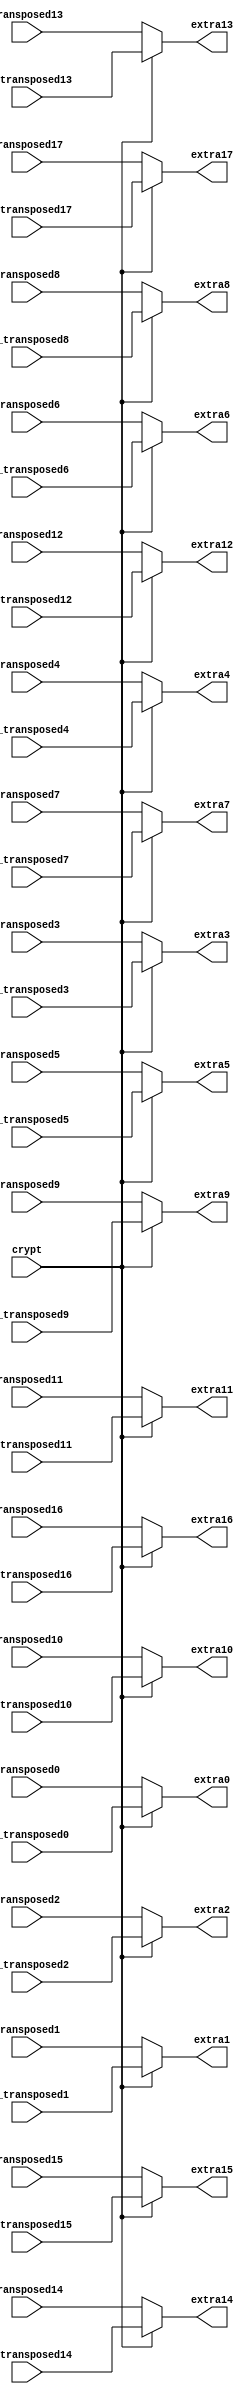
module extra (
    input crypt,
    input [5:0] transposed0,
    input [5:0] transposed1,
    input [5:0] transposed2,
    input [5:0] transposed3,
    input [5:0] transposed4,
    input [5:0] transposed5,
    input [5:0] transposed6,
    input [5:0] transposed7,
    input [5:0] transposed8,
    input [5:0] transposed9,
    input [5:0] transposed10,
    input [5:0] transposed11,
    input [5:0] transposed12,
    input [5:0] transposed13,
    input [5:0] transposed14,
    input [5:0] transposed15,
    input [5:0] transposed16,
    input [5:0] transposed17,
    input [5:0] de_transposed0,
    input [5:0] de_transposed1,
    input [5:0] de_transposed2,
    input [5:0] de_transposed3,
    input [5:0] de_transposed4,
    input [5:0] de_transposed5,
    input [5:0] de_transposed6,
    input [5:0] de_transposed7,
    input [5:0] de_transposed8,
    input [5:0] de_transposed9,
    input [5:0] de_transposed10,
    input [5:0] de_transposed11,
    input [5:0] de_transposed12,
    input [5:0] de_transposed13,
    input [5:0] de_transposed14,
    input [5:0] de_transposed15,
    input [5:0] de_transposed16,
    input [5:0] de_transposed17,
    output reg [5:0] extra0,
    output reg [5:0] extra1,
    output reg [5:0] extra2,
    output reg [5:0] extra3,
    output reg [5:0] extra4,
    output reg [5:0] extra5,
    output reg [5:0] extra6,
    output reg [5:0] extra7,
    output reg [5:0] extra8,
    output reg [5:0] extra9,
    output reg [5:0] extra10,
    output reg [5:0] extra11,
    output reg [5:0] extra12,
    output reg [5:0] extra13,
    output reg [5:0] extra14,
    output reg [5:0] extra15,
    output reg [5:0] extra16,
    output reg [5:0] extra17
);


always @ (*) begin
if (~crypt) begin
	extra0 <= transposed0; 
    extra1 <= transposed1; 
    extra2 <= transposed2; 
    extra3 <= transposed3; 
    extra4 <= transposed4; 
    extra5 <= transposed5; 
    extra6 <= transposed6; 
    extra7 <= transposed7; 
    extra8 <= transposed8; 
    extra9 <= transposed9; 
    extra10 <= transposed10; 
    extra11 <= transposed11; 
    extra12 <= transposed12; 
    extra13 <= transposed13; 
    extra14 <= transposed14; 
    extra15 <= transposed15; 
    extra16 <= transposed16; 
    extra17 <= transposed17;
end else begin 
    extra0 <= de_transposed0; 
    extra1 <= de_transposed1; 
    extra2 <= de_transposed2; 
    extra3 <= de_transposed3; 
    extra4 <= de_transposed4; 
    extra5 <= de_transposed5; 
    extra6 <= de_transposed6; 
    extra7 <= de_transposed7; 
    extra8 <= de_transposed8; 
    extra9 <= de_transposed9; 
    extra10 <= de_transposed10; 
    extra11 <= de_transposed11; 
    extra12 <= de_transposed12; 
    extra13 <= de_transposed13; 
    extra14 <= de_transposed14; 
    extra15 <= de_transposed15; 
    extra16 <= de_transposed16; 
    extra17 <= de_transposed17;
end end
endmodule